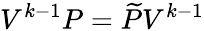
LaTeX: V^{k-1}P=\widetilde{P}V^{k-1}